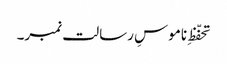
تحفّظِ ناموسِ رسالت نمبر۔